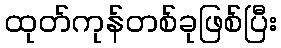
ထုတ်ကုန်တစ်ခုဖြစ်ပြီး